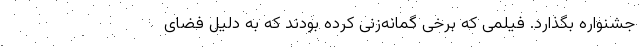
جشنواره بگذارد. فیلمی که برخی گمانه‌زنی کرده بودند که به دلیل فضای